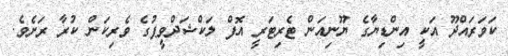
ކަވަރައްދޫ އަކީ އިންޑިޔާގެ ޔޫނިއަން ޓެރިޓަރީ އޮފް ލަކްޝަދްވީޕުގެ ވެރިކަން ކުރާ ރަށެވެ.